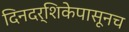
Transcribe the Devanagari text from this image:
दिनदर्शिकेपासूनच